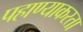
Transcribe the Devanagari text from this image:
पहाण्याकरता